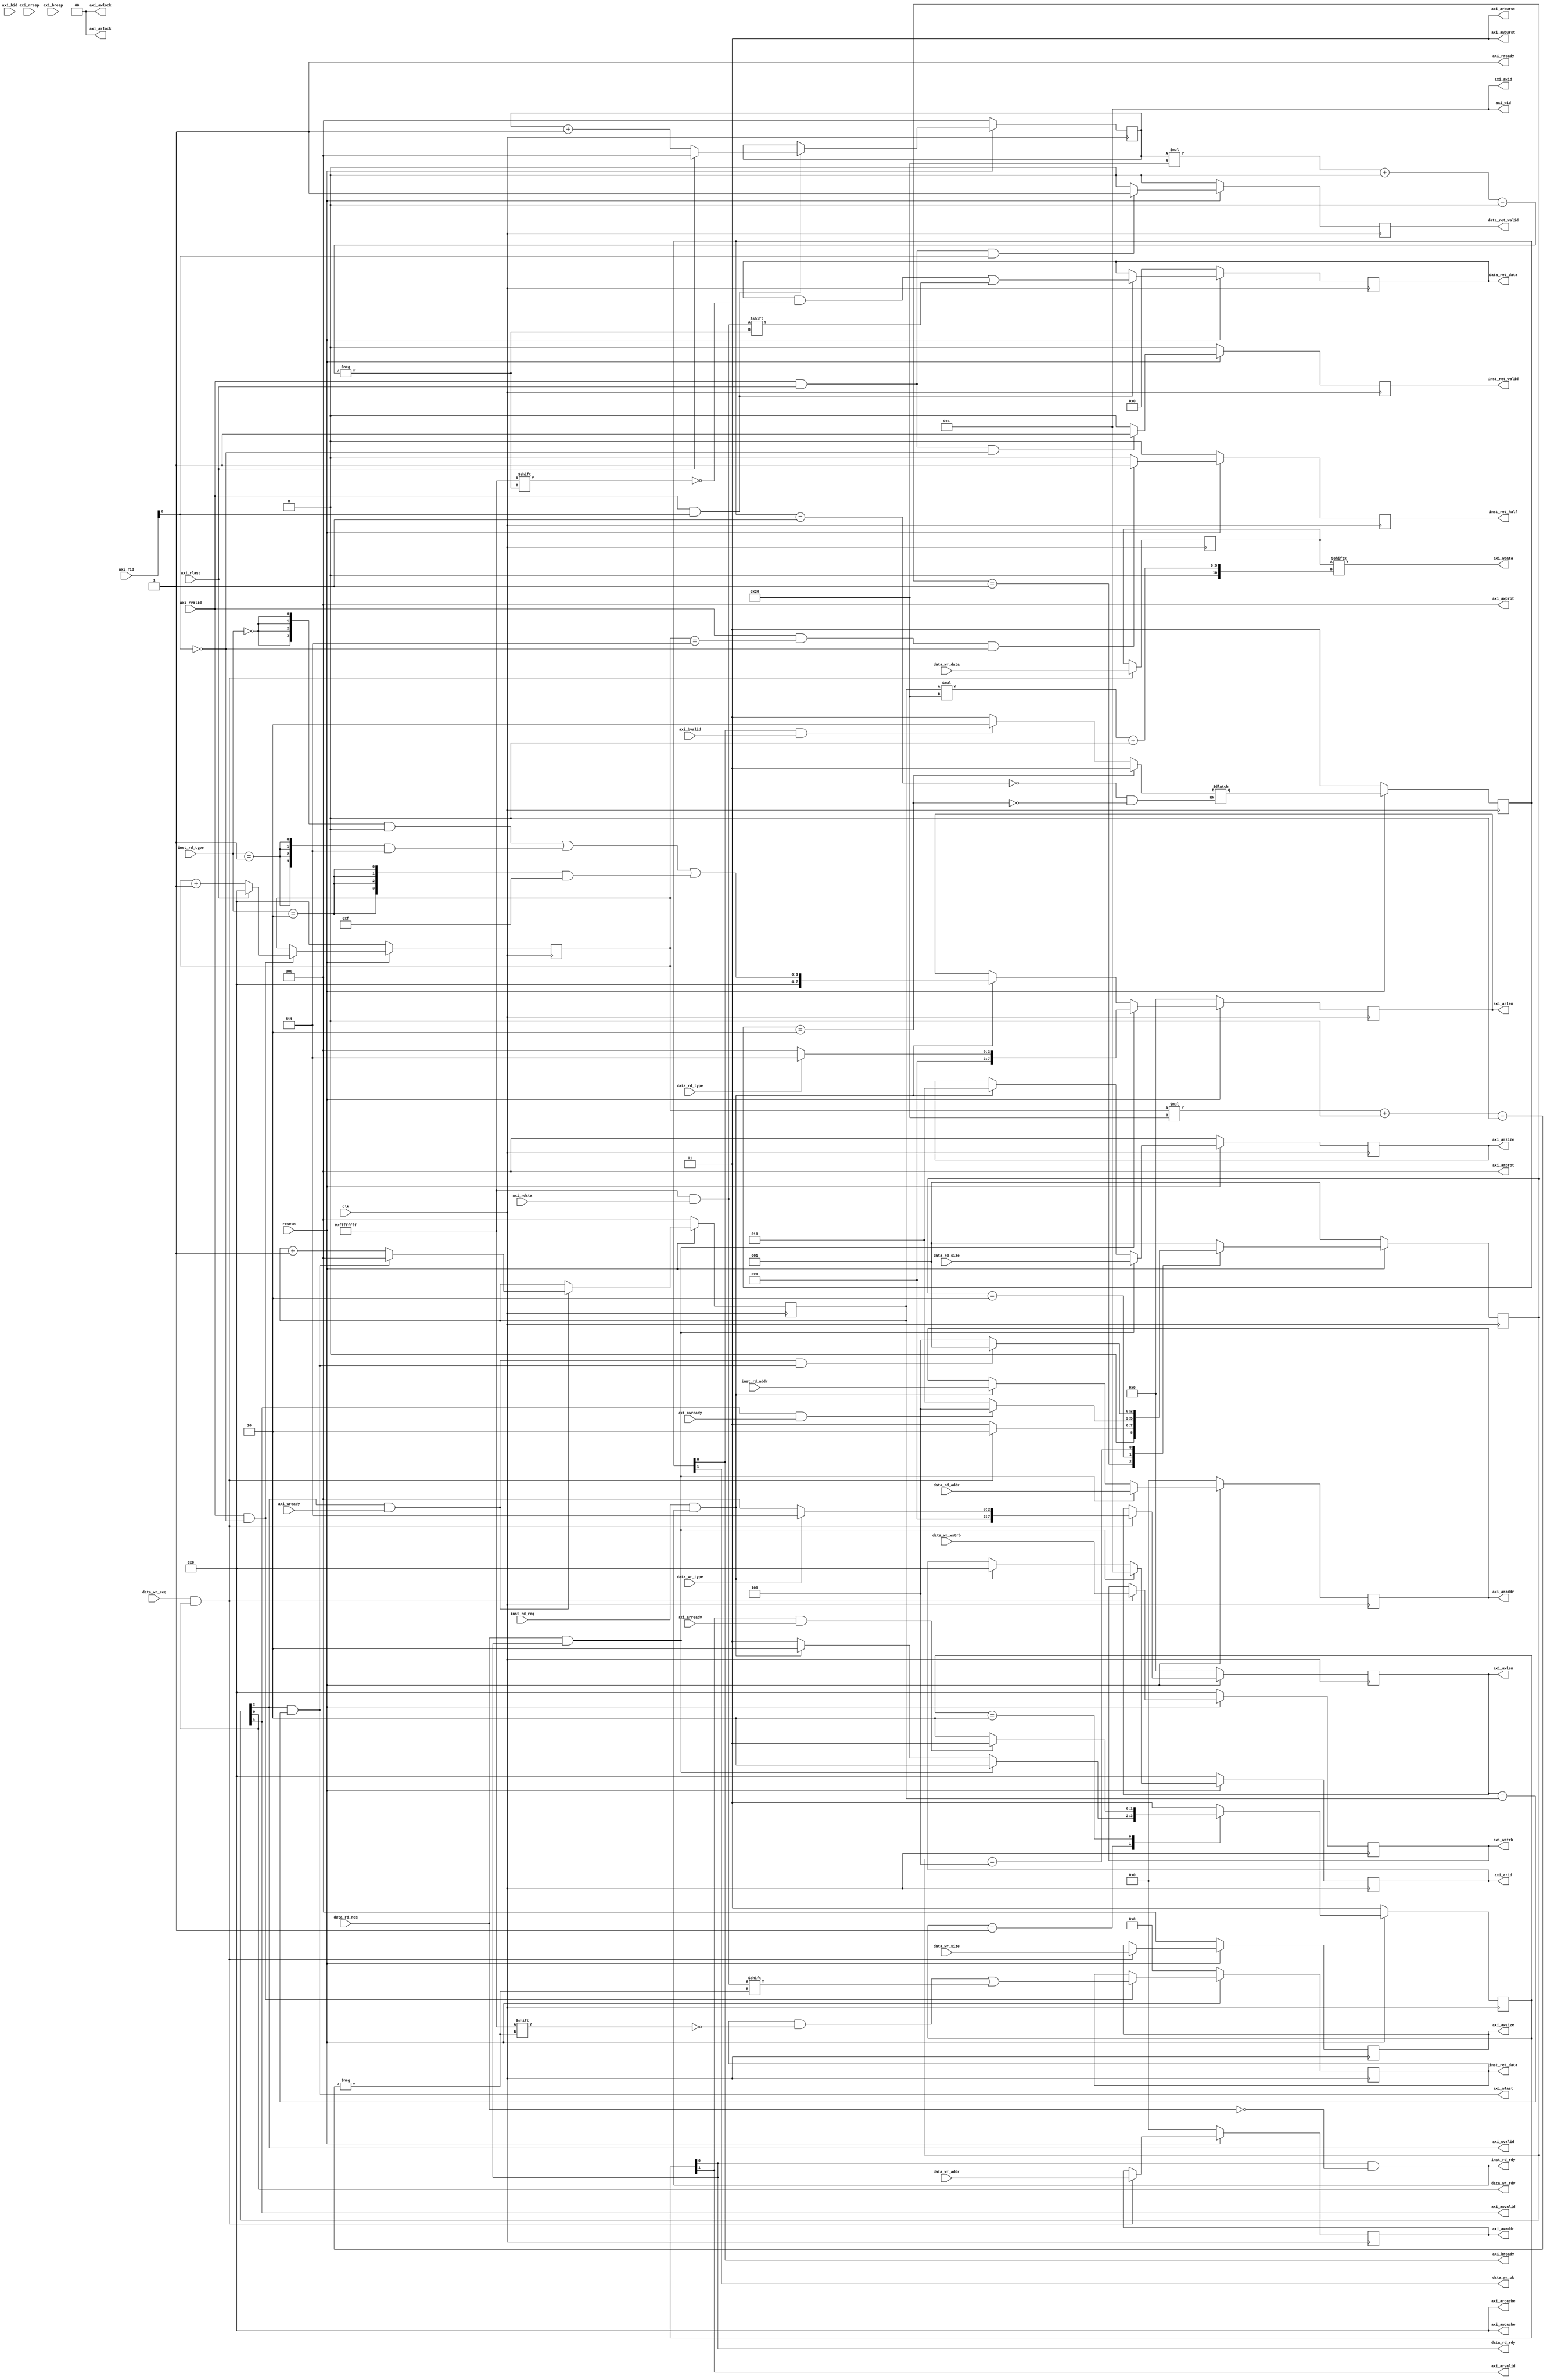
`define AR_IDLE          2'b01
`define AR_SEND_REQ      2'b10

`define W_IDLE           3'b001
`define W_SEND_ADDR      3'b010
`define W_SEND_DATA      3'b100

`define B_IDLE           2'b01
`define B_RESP           2'b10

module cache2axi(
    input           clk,
    input           resetn,
    // inst cache interface - slave
    input           inst_rd_req,
    input   [  1:0] inst_rd_type,
    input   [ 31:0] inst_rd_addr,
    output          inst_rd_rdy,
    output          inst_ret_valid,
    output  [511:0] inst_ret_data,
    output          inst_ret_half,
    // data cache interface - slave
    input           data_rd_req,
    input           data_rd_type,
    input   [ 31:0] data_rd_addr,
    input   [  2:0] data_rd_size,
    output          data_rd_rdy,
    output          data_ret_valid,
    output  [255:0] data_ret_data,

    input           data_wr_req,
    input           data_wr_type,
    input   [ 31:0] data_wr_addr,
    input   [  2:0] data_wr_size,
    input   [  3:0] data_wr_wstrb,
    input   [255:0] data_wr_data,
    output          data_wr_rdy,
    output          data_wr_ok,
    // axi interface - master
    // read request
    output [ 3:0] axi_arid,
    output [31:0] axi_araddr,
    output [ 7:0] axi_arlen,    // len = axi_arlen + 1 (words)
    output [ 2:0] axi_arsize,   // size = 2 ^ axi_arsize (bytes)
    output [ 1:0] axi_arburst,
    output [ 1:0] axi_arlock,
    output [ 3:0] axi_arcache,
    output [ 2:0] axi_arprot,
    output        axi_arvalid,
    input         axi_arready,
    // read response
    input  [ 3:0] axi_rid,
    input  [31:0] axi_rdata,
    input  [ 1:0] axi_rresp,
    input         axi_rlast,
    input         axi_rvalid,
    output        axi_rready,
    // write request
    output [ 3:0] axi_awid,
    output [31:0] axi_awaddr,
    output [ 7:0] axi_awlen,
    output [ 2:0] axi_awsize,
    output [ 1:0] axi_awburst,
    output [ 1:0] axi_awlock,
    output [ 3:0] axi_awcache,
    output [ 2:0] axi_awprot,
    output        axi_awvalid,
    input         axi_awready,
    // write data
    output [ 3:0] axi_wid,
    output [31:0] axi_wdata,
    output [ 3:0] axi_wstrb,
    output        axi_wlast,
    output        axi_wvalid,
    input         axi_wready,
    // write response
    input  [ 3:0] axi_bid,
    input  [ 1:0] axi_bresp,
    input         axi_bvalid,
    output        axi_bready
);

reg [1:0] ar_state;
reg [2:0] w_state;
reg [1:0] b_state;
reg [1:0] ar_next_state;
reg [2:0] w_next_state;
reg [1:0] b_next_state;

// AR
reg  [ 3:0] arid;
reg  [31:0] araddr;
reg  [ 7:0] arlen;
reg  [ 2:0] arsize;

assign axi_arid    = arid;
assign axi_araddr  = araddr;
assign axi_arlen   = arlen;
assign axi_arsize  = arsize;
assign axi_arburst = 2'b1;
assign axi_arlock  = 2'b0;
assign axi_arcache = 4'b0;
assign axi_arprot  = 3'b0;
assign axi_arvalid = ar_state[1];

always @(posedge clk) begin
    if (!resetn) begin
        ar_state <= `AR_IDLE;
    end
    else begin
        ar_state <= ar_next_state; 
    end
end
always @(*) begin
    case(ar_state)
    `AR_IDLE:
        if (data_rd_req && data_rd_rdy) begin
            ar_next_state = `AR_SEND_REQ;
        end
        else if (inst_rd_req && inst_rd_rdy) begin
            ar_next_state = `AR_SEND_REQ;
        end
        else begin
            ar_next_state = `AR_IDLE;
        end
    `AR_SEND_REQ:
        if (axi_arvalid && axi_arready) begin
            ar_next_state = `AR_IDLE;
        end 
        else begin
            ar_next_state = `AR_SEND_REQ;
        end
    default:
        ar_next_state = `AR_IDLE;
    endcase
end

always @(posedge clk) begin
    if (!resetn) begin
        arid <= 4'b0;
    end 
    else if (data_rd_req && data_rd_rdy) begin
        arid <= 4'b1;
    end 
    else if (inst_rd_req && inst_rd_rdy) begin
        arid <= 4'b0;
    end
end

always @(posedge clk) begin
    if (!resetn) begin
        araddr <= 32'b0;
    end 
    else if (data_rd_req && data_rd_rdy) begin
        araddr <= data_rd_addr;
    end 
    else if (inst_rd_req && inst_rd_rdy) begin
        araddr <= inst_rd_addr;
    end
end

always @(posedge clk) begin
    if (!resetn) begin
        arlen <= 4'b0;
    end 
    else if (data_rd_req && data_rd_rdy) begin
        arlen <= data_rd_type ? 4'd7 : 4'd0;
    end 
    else if (inst_rd_req && inst_rd_rdy) begin
        arlen <= {4{inst_rd_type == 2'b00}} & 4'd0 |
                 {4{inst_rd_type == 2'b01}} & 4'd7 |
                 {4{inst_rd_type == 2'b10}} & 4'd15;
    end
end

always @(posedge clk) begin
    if (!resetn) begin
        arsize <= 3'b0;
    end 
    else if (data_rd_req && data_rd_rdy) begin
        arsize <= data_rd_size;
    end 
    else if (inst_rd_req && inst_rd_rdy) begin
        arsize <= 3'd2;
    end
end

assign inst_rd_rdy = ar_state[0] && !data_rd_req;
assign data_rd_rdy = ar_state[0];

// R
reg [255:0] data_rdata;
reg [  2:0] data_rcount;
reg [511:0] inst_rdata;
reg [  3:0] inst_rcount;

assign axi_rready = 1'b1;

always @(posedge clk) begin
    if (!resetn) begin
        data_rcount <= 3'b0;
    end 
    else if (axi_rready && axi_rvalid && axi_rid[0]) begin
        if (axi_rlast) begin
            data_rcount <= 3'b0;
        end
        else begin
            data_rcount <= data_rcount + 3'b1;
        end
    end
end

always @(posedge clk) begin
    if (!resetn) begin
        data_rdata <= 256'b0;
    end 
    else if (axi_rready && axi_rvalid && axi_rid[0]) begin
        data_rdata[data_rcount*32 +: 32] <= axi_rdata;
    end
end

always @(posedge clk) begin
    if (!resetn) begin
        inst_rcount <= 4'b0;
    end 
    else if (axi_rready && axi_rvalid && !axi_rid[0]) begin
        if (axi_rlast) begin
            inst_rcount <= 4'b0;
        end
        else begin
            inst_rcount <= inst_rcount + 4'b1;
        end
    end
end

always @(posedge clk) begin
    if (!resetn) begin
        inst_rdata <= 512'b0;
    end 
    else if (axi_rready && axi_rvalid && !axi_rid[0]) begin
        inst_rdata[inst_rcount*32 +: 32] <= axi_rdata;
    end
end

reg to_icache_valid;
reg to_dcache_valid;
reg to_icache_half;

always @(posedge clk) begin
    if (!resetn) begin
        to_icache_valid <= 1'b0;
    end
    else if (axi_rready && axi_rvalid && axi_rlast && !axi_rid[0]) begin
        to_icache_valid <= 1'b1;
    end
    else if (to_icache_valid) begin
        to_icache_valid <= 1'b0;
    end
end 
always @(posedge clk) begin
    if (!resetn) begin
        to_dcache_valid <= 1'b0;
    end
    else if (axi_rready && axi_rvalid && axi_rlast && axi_rid[0]) begin
        to_dcache_valid <= 1'b1;
    end
    else if (to_dcache_valid) begin
        to_dcache_valid <= 1'b0;
    end
end
always @(posedge clk) begin
    if (!resetn) begin
        to_icache_half <= 1'b0;
    end
    else if (axi_rready && axi_rvalid && inst_rcount == 4'd7 && !axi_rid[0]) begin
        to_icache_half <= 1'b1;
    end
    else if (to_icache_half) begin
        to_icache_half <= 1'b0;
    end
end 

assign inst_ret_valid = to_icache_valid;
assign data_ret_valid = to_dcache_valid;
assign inst_ret_half = to_icache_half;
assign inst_ret_data = inst_rdata;
assign data_ret_data = data_rdata;

// W
reg  [ 31:0] awaddr;
reg  [  7:0] awlen;
reg  [  2:0] awsize;
reg  [  3:0] wstrb;

reg  [  2:0] wcount;
reg  [255:0] cache_data;

assign axi_awid    = 4'b1;
assign axi_awaddr  = awaddr;
assign axi_awlen   = awlen;
assign axi_awsize  = awsize;
assign axi_awburst = 2'b1;
assign axi_awlock  = 2'b0;
assign axi_awcache = 4'b0;
assign axi_awprot  = 3'b0;
assign axi_awvalid = w_state[1];

assign axi_wid     = 4'b1;
assign axi_wdata   = cache_data[wcount*32 +: 32];
assign axi_wstrb   = wstrb;
assign axi_wlast   = w_state[2] && (awlen == wcount);
assign axi_wvalid  = w_state[2];

always @(posedge clk) begin
    if (!resetn) begin
        w_state <= `W_IDLE;
    end
    else begin
        w_state <= w_next_state; 
    end
end
always @(*) begin
    case(w_state)
    `W_IDLE:
        if (data_wr_req && data_wr_rdy) begin
            w_next_state = `W_SEND_ADDR;
        end
        else begin
            w_next_state = `W_IDLE;
        end
    `W_SEND_ADDR:
        if (axi_awvalid && axi_awready) begin
            w_next_state = `W_SEND_DATA;
        end
        else begin
            w_next_state = `W_SEND_ADDR;
        end
    `W_SEND_DATA:
        if (axi_wvalid && axi_wready && axi_wlast) begin
            w_next_state = `W_IDLE;
        end
        else begin
            w_next_state = `W_SEND_DATA;
        end
    default:
        w_next_state = `W_IDLE;
    endcase
end

always @(posedge clk) begin
    if (!resetn) begin
        awaddr <= 32'b0;
    end
    else if (data_wr_req && data_wr_rdy) begin
        awaddr <= data_wr_addr;
    end
end

always @(posedge clk) begin
    if (!resetn) begin
        awlen <= 8'b0;
    end
    else if (data_wr_req && data_wr_rdy) begin
        awlen <= data_wr_type ? 8'd7 : 8'd0;
    end
end

always @(posedge clk) begin
    if (!resetn) begin
        wstrb <= 4'b0;
    end
    else if (data_wr_req && data_wr_rdy) begin
        wstrb <= data_wr_wstrb;
    end
end

always @(posedge clk) begin
    if (!resetn) begin
        awsize <= 3'b0;
    end
    else if (data_wr_req && data_wr_rdy) begin
        awsize <= data_wr_size;
    end
end

always @(posedge clk) begin
    if (data_wr_req && data_wr_rdy) begin
        cache_data <= data_wr_data;
    end
end

always @(posedge clk) begin
    if (!resetn) begin
        wcount <= 3'b0;
    end
    else if (axi_wvalid && axi_wready) begin
        if (axi_wlast) begin
            wcount <= 3'b0;
        end
        else begin
            wcount <= wcount + 3'b1;
        end
    end
end

assign data_wr_rdy = w_state[0];

// B
assign axi_bready = b_state[0];

always @(posedge clk) begin
    if (!resetn) begin
        b_state <= `B_IDLE;
    end
    else begin
        b_state <= b_next_state; 
    end
end
always @(*) begin
    case(b_state)
    `B_IDLE:
        if (axi_bready && axi_bvalid) begin
            b_next_state = `B_RESP;
        end
        else begin
            b_next_state = `B_IDLE;
        end
    `B_RESP:
        b_next_state = `B_IDLE;
    endcase
end

assign data_wr_ok = b_state[1];

endmodule